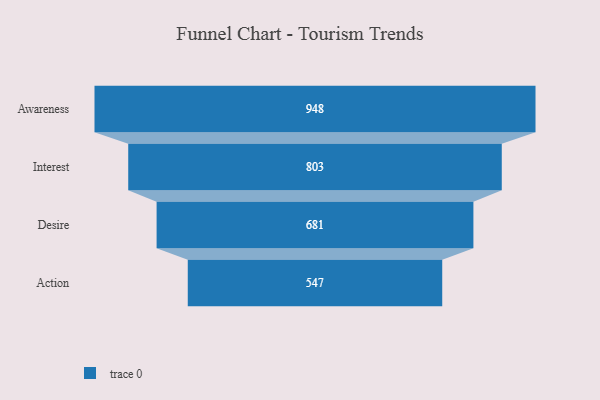
{"axis": {"x": "Stage", "y": "Value"}, "legend": [""], "data": [{"x": "Awareness", "y": 948.0, "type": ""}, {"x": "Interest", "y": 803.0, "type": ""}, {"x": "Desire", "y": 681.0, "type": ""}, {"x": "Action", "y": 547.0, "type": ""}]}